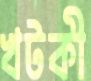
খটকী